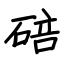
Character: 碚